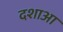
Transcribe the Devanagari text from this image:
दशाआ